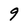
Character: 9